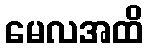
မေလအထိ